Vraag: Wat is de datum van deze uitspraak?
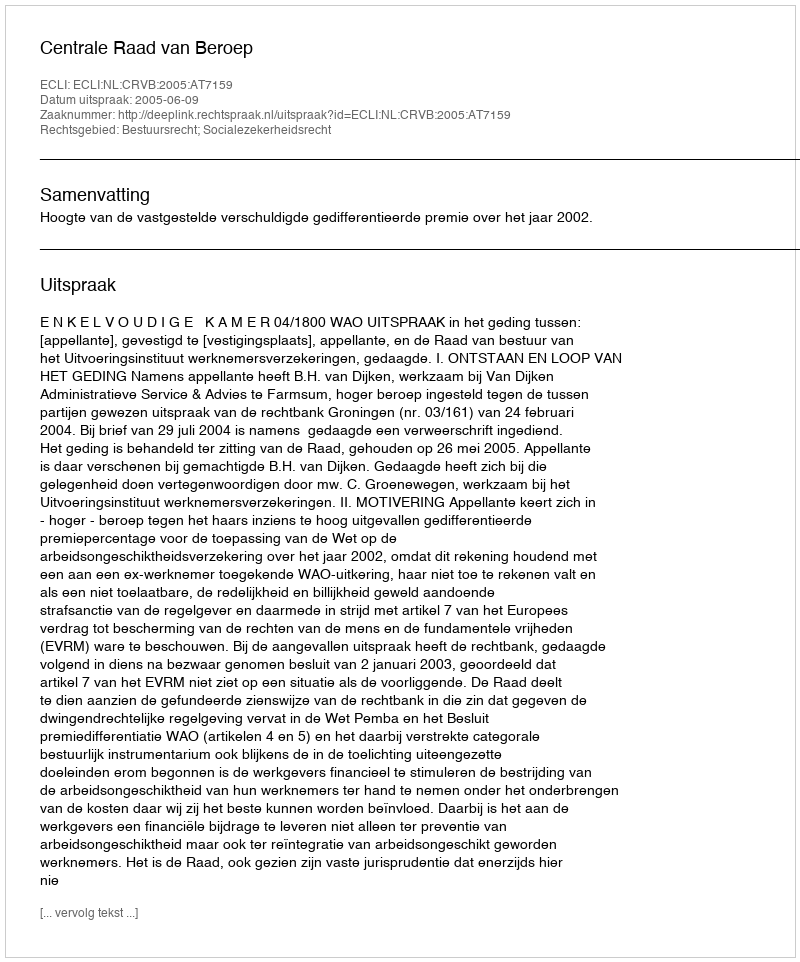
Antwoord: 2005-06-09